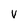
Character: v